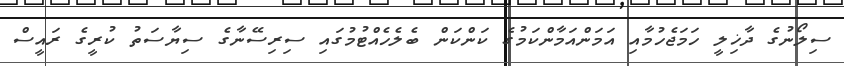
ސިލޯނުގެ ދާޚިލީ ހަމަޖެހުމާއި އަމަންއަމާންކަމުގެ ކަންކަން ބެލެހެއްޓުމުގައި ސިރިސޭނާގެ ސިޔާސަތު ކުރީގެ ރައީސް